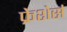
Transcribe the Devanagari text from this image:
फ्रेशेर्स